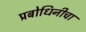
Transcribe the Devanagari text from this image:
प्रबोधिनीचा